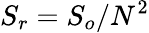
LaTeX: S_{r}=S_{o}/N^{2}